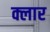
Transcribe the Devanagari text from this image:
क्लार